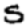
Digit: 5